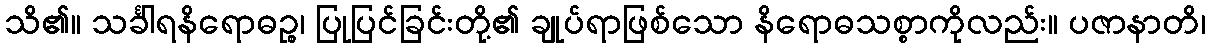
သိ၏။ သင်္ခါရနိရောဓဉ္စ၊ ပြုပြင်ခြင်းတို့၏ ချုပ်ရာဖြစ်သော နိရောဓသစ္စာကိုလည်း။ ပဇာနာတိ၊